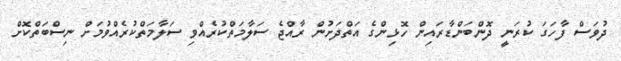
ދުވަސް ފާހަގަ ކުރަނީ ދޮންބަންޑާރައިން ހޮޅިންގެ އަތްދަށުން ރާއްޖެ ސަލާމަތްކުރެއްވި ސަލާމަތްކުރެއްވުމަށް ނިސްބަތްކޮށް